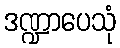
ဒဏ္ဍာပေသုံ